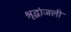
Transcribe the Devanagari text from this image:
श्रृद्धांजली